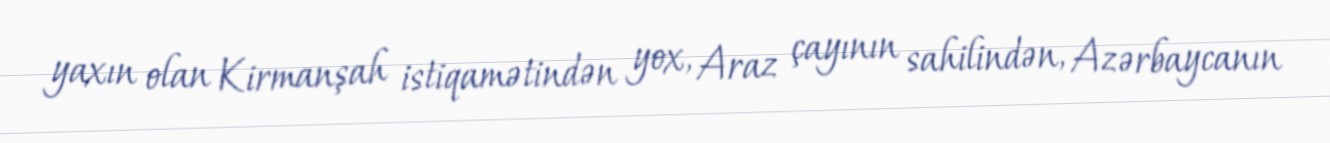
yaxın olan Kirmanşah istiqamətindən yox, Araz çayının sahilindən, Azərbaycanın